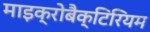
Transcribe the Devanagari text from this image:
माइक्रोबैक्टिरियम